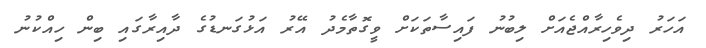
އަހަރު ދިވެހިރާއްޖެއަށް ލިބުނު ފައިސާތަކަށް ވީގޮތާމެދު އޭރު އަޅުގަނޑުގެ ދާއިރާގައި ބިން ހިއްކުނު